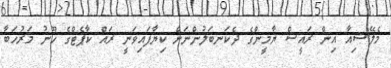
މެލޭޝިއާ އިން ރައީސް ޔާމީންގެ ދެކަނބަލުންނަށް ކިޔާފައިވަނީ ރައް ކާޕެޓްގެ ހޫނު މަރުހަބާ